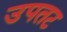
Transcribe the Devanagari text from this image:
उपतट